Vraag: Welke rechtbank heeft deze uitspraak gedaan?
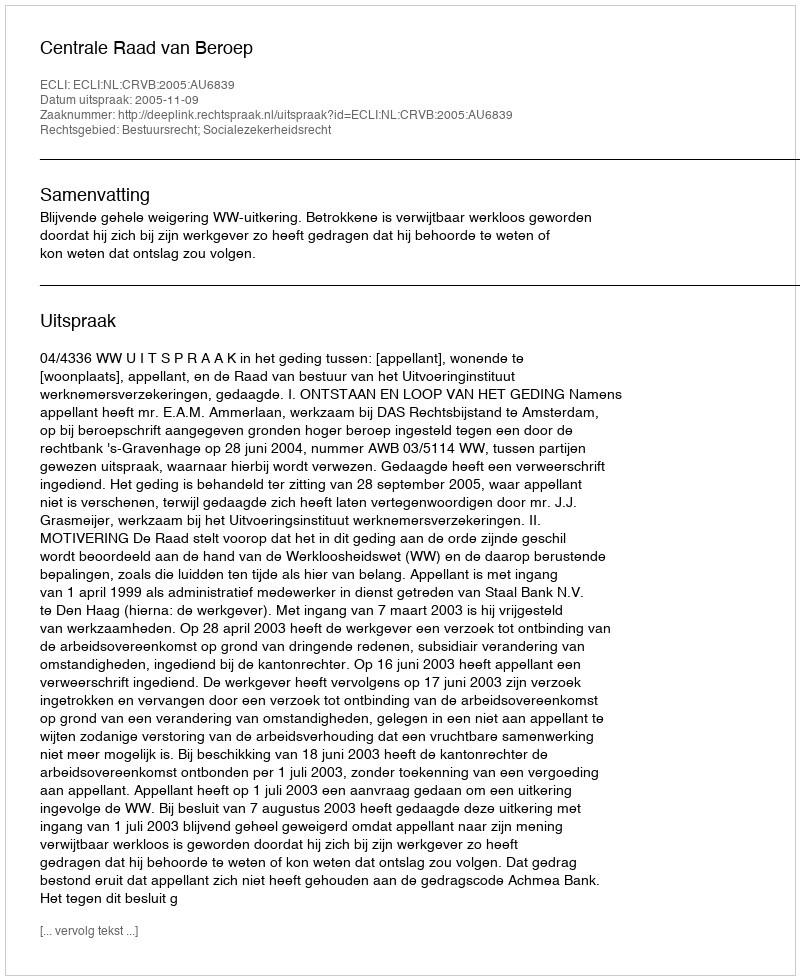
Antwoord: Centrale Raad van Beroep